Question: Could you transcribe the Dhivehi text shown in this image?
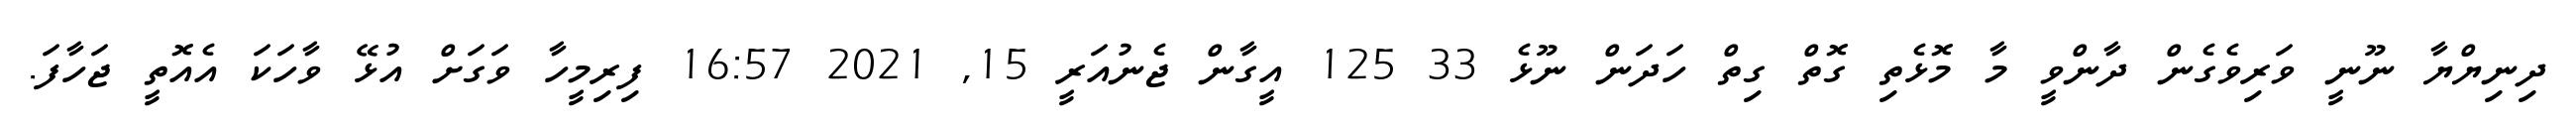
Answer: ދިނިޔްޔާ ނޫނީ ވަރިވެގެން ދާންވީ މާ މޮޅެތި ގޮތް ގިތް ހަދަން ނޫޅެ 33 125 އީގާން ޖެނުއަރީ 15, 2021 16:57 ފިރިމީހާ ވަގަށް އުޅޭ ވާހަކަ އެއޮތީ ޖަހާފަ.